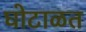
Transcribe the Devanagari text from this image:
घोटाळत